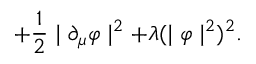
+ \frac { 1 } { 2 } \mid \partial _ { \mu } \varphi \mid ^ { 2 } + \lambda ( \mid \varphi \mid ^ { 2 } ) ^ { 2 } .